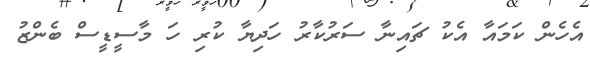
އެހެން ކަމައާ އެކު ޗައިނާ ސަރުކާރު ހަދިޔާ ކުރި ހަ މާސީޑީސް ބެންޒު